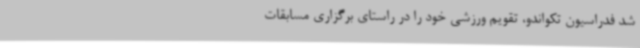
شد فدراسیون تکواندو، تقویم ورزشی خود را در راستای برگزاری مسابقات